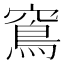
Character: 窵